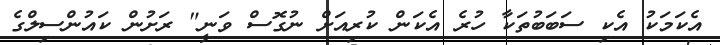
އެކަމަކު އެކި ސަބަބުތަކާ ހުރެ އެކަން ކުރިއަށް ނުގޮސް ވަނީ" ރަށުން ކައުންސިލްގެ